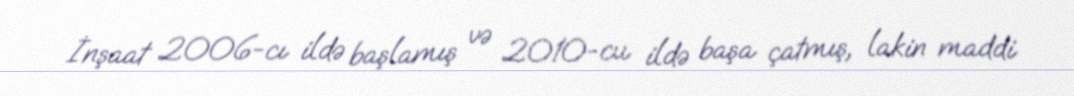
İnşaat 2006-cı ildə başlamış və 2010-cu ildə başa çatmış, lakin maddi